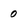
Character: 0